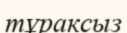
тұраксыз